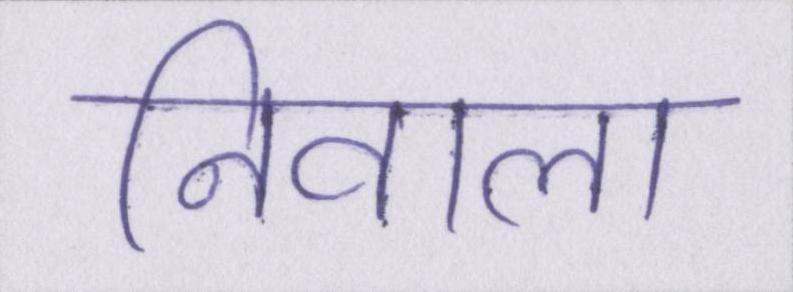
निवाला